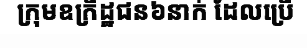
ក្រុមឧក្រិដ្ឋជន៦នាក់ ដែលប្រើ